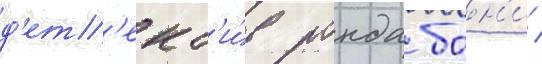
д'ет'ект'и́в ронда бон'и /